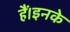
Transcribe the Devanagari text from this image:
हैं।इनके